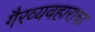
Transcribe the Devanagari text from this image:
गैरव्यवहाराचा